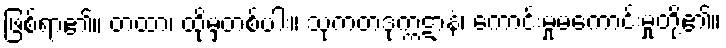
ဖြစ်ရာ၏။ တထာ၊ ထိုမှတစ်ပါး။ သုကတဒုက္ကဋာနံ၊ ကောင်းမှုမကောင်းမှုတို့၏။